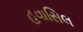
હવાસિલ